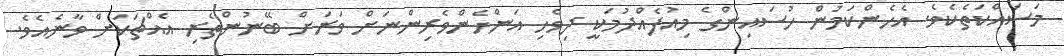
މަސައްކަތެކެވެ. އެހެންކަމުން ހުސައިންގެ މިއުފެއްދުމަކީ ދިވެހި އަންހެންވެރިންނަށް ވަރަށް ބޭނުންތެރި އެއްޗަކަށް ވާނެއެވެ.